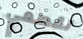
تقطعي